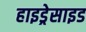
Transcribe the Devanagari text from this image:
हाइड्रेसाइड